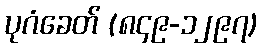
ပုဂံခေတ် (၈၄၉-၁၂၉၇)